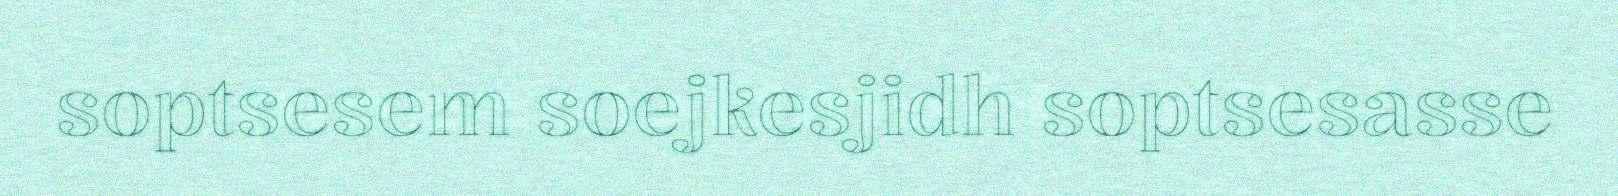
soptsesem soejkesjidh soptsesasse